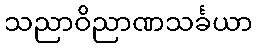
သညာဝိညာဏသင်္ခယာ